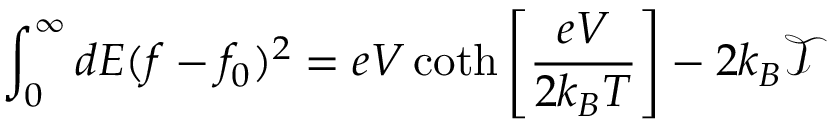
\int _ { 0 } ^ { \infty } d E ( f - f _ { 0 } ) ^ { 2 } = e V \coth \left[ \frac { e V } { 2 k _ { B } T } \right] - 2 k _ { B } \mathcal { T }